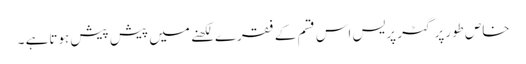
خاص طورپر گٹر پریس اس قسم کے فقرے لکھنے میں پیش پیش ہوتاہے ۔